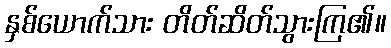
နှစ်ယောက်သား တိတ်ဆိတ်သွားကြ၏။